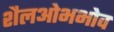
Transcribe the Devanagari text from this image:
शैलओभभोव